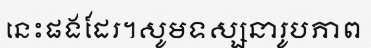
នេះផងដែរ។សូមទស្សនារូបភាព